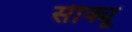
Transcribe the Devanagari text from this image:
सीक्यू